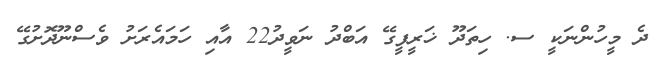
ދެ މީހުންނަކީ ސ. ހިތަދޫ ޚަރީފީގޭ އަބްދު ނަވީދު22 އާއި ހަމައެރަށު ވެސްނޫދޮށުގޭ